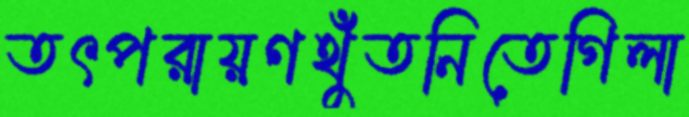
তৎপরায়ণথুঁতনিতেগিলা